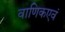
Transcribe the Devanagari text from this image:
वाणिकएवं